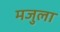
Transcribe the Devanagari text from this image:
मजुला